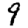
Digit: 9